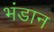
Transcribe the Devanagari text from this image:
भंडान